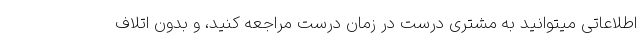
اطلاعاتی میتوانید به مشتری درست در زمان درست مراجعه کنید، و بدون اتلاف